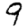
Digit: 9